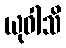
ယုဝါသိ